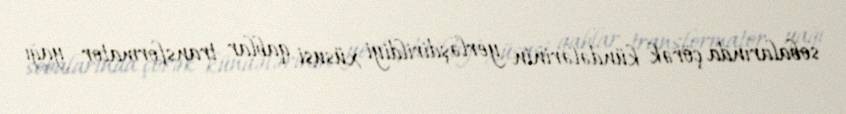
sobalarında çörək kündələrinin yerləşdirildiyi xüsusi qablar transformator yağı